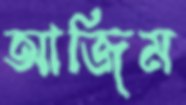
আজিম